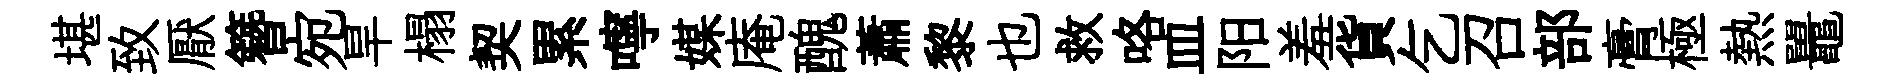
堪致厭簪宛旱榻契累嚀媒庵醜蕭黎也救咯皿阳羞貨乞召部膏極熱鼉